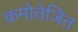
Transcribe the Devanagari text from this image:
कमोत्तेजित